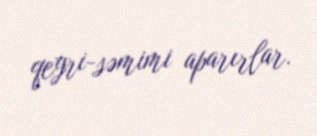
qeyri-səmimi aparırlar.